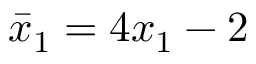
\bar { x } _ { 1 } = 4 x _ { 1 } - 2